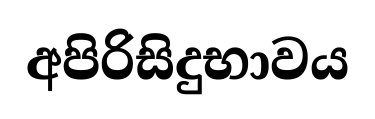
අපිරිසිදුභාවය